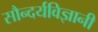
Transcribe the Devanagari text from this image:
सौन्दर्यविज्ञानी